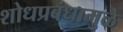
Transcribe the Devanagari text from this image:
शोधप्रबंधामुळे